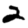
Digit: 2